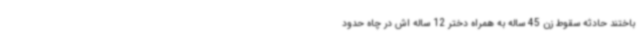
باختند حادثه سقوط زن 45 ساله به همراه دختر 12 ساله اش در چاه حدود